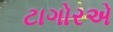
ટાગોરએ